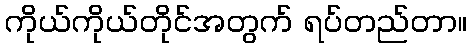
ကိုယ်ကိုယ်တိုင်အတွက် ရပ်တည်တာ။